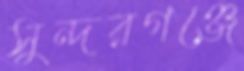
সুন্দরগঞ্জে